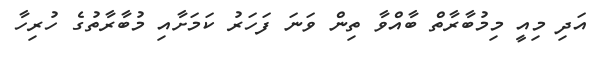
އަދި މިއީ މިމުބާރާތް ބާއްވާ ތިން ވަނަ ފަހަރު ކަމަށާއި މުބާރާތުގެ ހުރިހާ